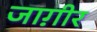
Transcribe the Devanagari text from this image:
जाग़ीर